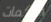
اللكمات